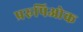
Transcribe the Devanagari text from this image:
प्ररुपिओक